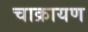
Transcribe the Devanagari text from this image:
चाक्रायण